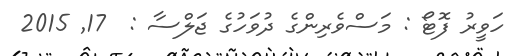
ހަވީރު ފޮޓޯ : މަސްވެރިންގެ ދުވަހުގެ ޖަލްސާ :  17